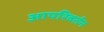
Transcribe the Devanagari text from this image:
आपरिवर्तन